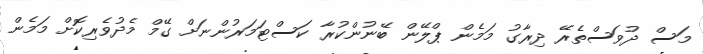
މަސް ދުވަސްތެރޭ ދިރާގު މަމެން ޕްލޭން ބޭނުންކުރާ ކަސްޓަމަރުންނަށް ގޭމް މެދުވެރިކޮށް މަމެން